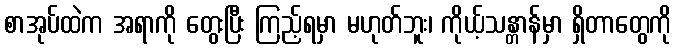
စာအုပ်ထဲက အရာကို တွေးပြီး ကြည့်ရမှာ မဟုတ်ဘူး၊ ကိုယ့်သန္တာန်မှာ ရှိတာတွေကို